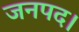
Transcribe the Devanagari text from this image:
जनपद।